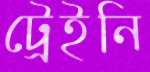
ট্রেইনি